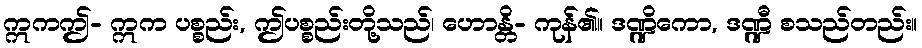
ဣကဤ- ဣက ပစ္စည်း, ဤပစ္စည်းတို့သည်၊ ဟောန္တိ- ကုန်၏။ ဒဏ္ဍိကော, ဒဏ္ဍီ စသည်တည်း။